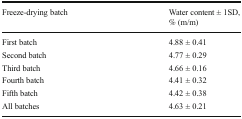
| Freeze-drying batch | Water content ± 1SD,% (m/m) |
 | --- | --- |
 | First batch | 4.88 ± 0.41 |
 | Second batch | 4.77 ± 0.29 |
 | Third batch | 4.66 ± 0.16 |
 | Fourth batch | 4.41 ± 0.32 |
 | Fifth batch | 4.42 ± 0.38 |
 | All batches | 4.63 ± 0.21 |